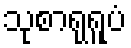
သုစာရုရူပံ